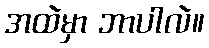
အထဲမှာ ဘာပါလဲ။